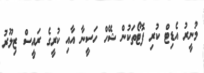
މުނީރު އެޑިޓް ކުރި ފޮޓޯތަކުން ޝޭހް ހަސީނާ އާއި ކުރީގެ ރައީސް ޒިލޫރު